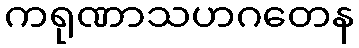
ကရုဏာသဟဂတေန